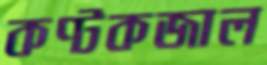
কণ্টকজাল